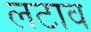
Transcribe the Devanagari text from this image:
लटाव